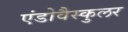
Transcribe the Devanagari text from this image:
एंडोवैस्कुलर